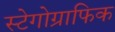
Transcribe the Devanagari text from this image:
स्टेगोग्राफिक